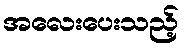
အလေးပေးသည့်